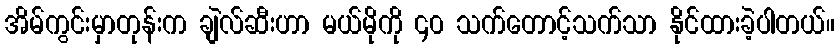
အိမ်ကွင်းမှာတုန်းက ချဲလ်ဆီးဟာ မယ်မိုကို ၄၀ သက်တောင့်သက်သာ နိုင်ထားခဲ့ပါတယ်။